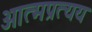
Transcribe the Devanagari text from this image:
आत्मप्रत्यय